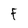
Character: F